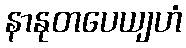
နာနုတပေယျဟံ